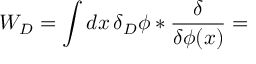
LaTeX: W _ { D } = \int d x \, \delta _ { D } \phi * { \frac { \delta } { \delta \phi ( x ) } } =